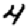
Digit: 4